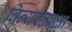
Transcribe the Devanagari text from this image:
विन्यस्तरक्षा